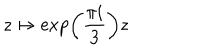
z \mapsto \exp \left( \frac { \pi i } { 3 } \right) z